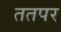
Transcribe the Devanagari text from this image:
ततपर